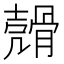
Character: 𩩬